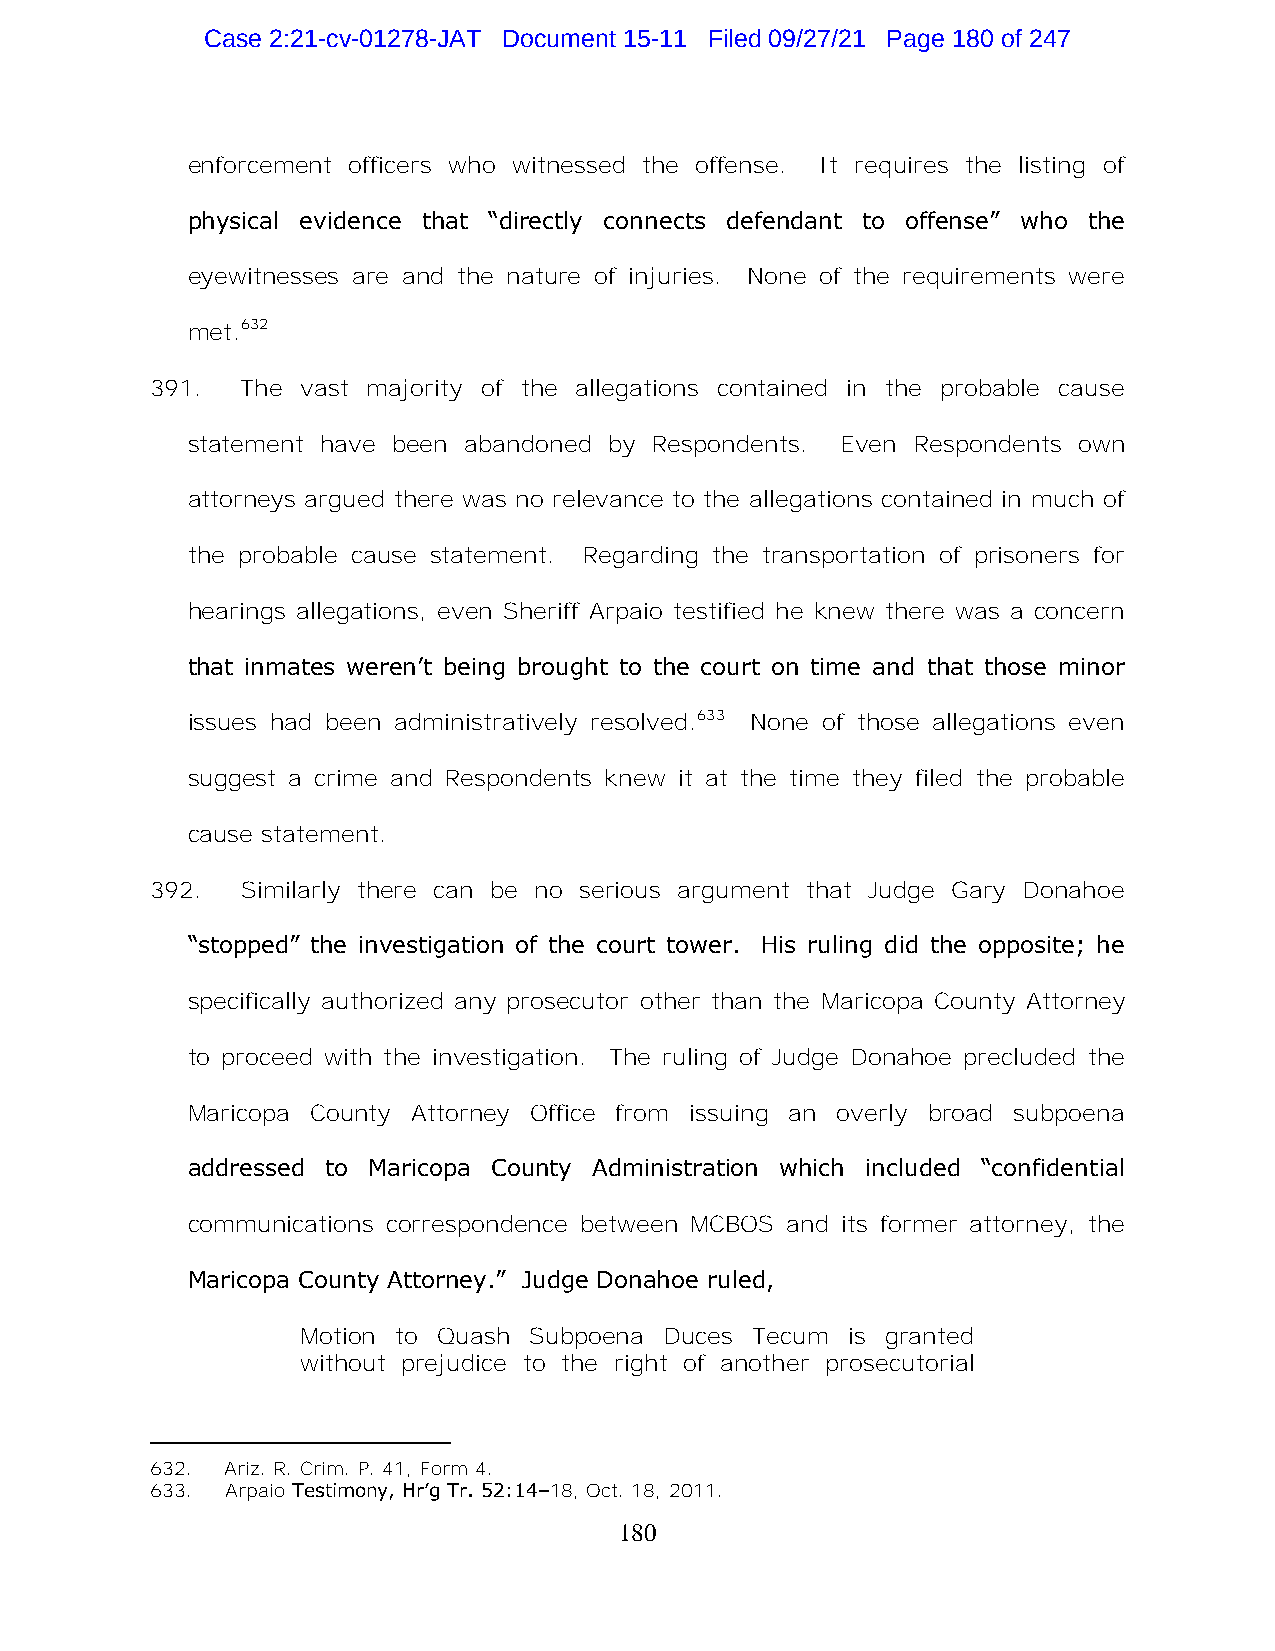
Case 2:21-cv-01278-JAT Document 15-11 Filed 09/27/21 Page 180 of 247
 enforcement officers who witnessed the offense. It requires the listing of
 physical evidence that “directly connects defendant to offense” who the
 eyewitnesses are and the nature of injuries. None of the requirements were
 met.632
 391.  The vast majority of the allegations contained in the probable cause
 statement have been abandoned by Respondents. Even Respondents own
 attorneys argued there was no relevance to the allegations contained in much of
 the probable cause statement. Regarding the transportation of prisoners for
 hearings allegations, even Sheriff Arpaio testified he knew there was a concern
 that inmates weren’t being brought to the court on time and that those minor
 issues had been administratively resolved.633 None of those allegations even
 suggest a crime and Respondents knew it at the time they filed the probable
 cause statement.
 392.  Similarly there can be no serious argument that Judge Gary Donahoe
 “stopped” the investigation of the court tower. His ruling did the opposite; he
 specifically authorized any prosecutor other than the Maricopa County Attorney
 to proceed with the investigation. The ruling of Judge Donahoe precluded the
 Maricopa County Attorney Office from issuing an overly broad subpoena
 addressed to Maricopa County Administration which included “confidential
 communications correspondence between MCBOS and its former attorney, the
 Maricopa County Attorney.” Judge Donahoe ruled,
 Motion to Quash Subpoena Duces Tecum is granted
 without prejudice to the right of another prosecutorial
 632. Ariz. R. Crim. P. 41, Form 4.
 633. Arpaio Testimony, Hr’g Tr. 52:14–18, Oct. 18, 2011.
 180